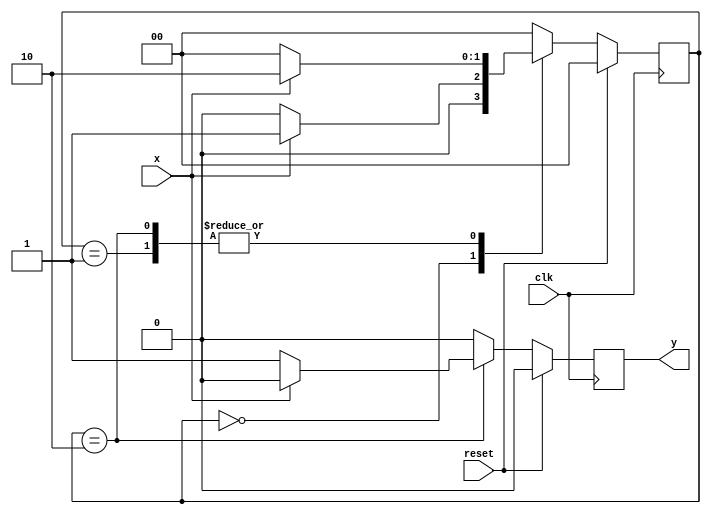
module mealy_ex( input clk,
				 input reset,
				 input x,
				 output reg y );
		
	parameter S0 = 2'b00, S1 = 2'b01, S2 = 2'b10;
	reg [1:0] current_state, next_state;
	reg y_temp;
	
	always@(*) begin
		case(current_state)
			S0:
				if(x) begin
					next_state = S1;
				end
				else begin
					next_state = S0;
				end
			S1:
				if(x) begin
					next_state = S2;
				end
				else begin
					next_state = S0;
				end
			S2:
				if(~x) begin
					next_state = S0;
				end
				else begin
					next_state = S2;
				end
			default:
				next_state = S0;
		endcase
	end
	
	always@(posedge clk) begin
		if(reset) begin
			current_state <= S0;
		end
		else begin
			current_state <= next_state;
		end
	end

	always@(*) begin
		case(current_state)
			S0:
				if(x) begin
					y_temp = 1'b0;
				end
				else begin
					y_temp = 1'b0;
				end
			S1:
				if(x) begin
					y_temp = 1'b0;
				end
				else begin
					y_temp = 1'b0;
				end
			S2:
				if(~x) begin
					y_temp = 1'b1;
				end
				else begin
					y_temp = 1'b0;
				end
			default:
				y_temp = 1'b0;
		endcase
	end
		
	always@(posedge clk) begin
		if(reset) begin
			y <= 1'b0;
		end
		else begin	
			y <= y_temp;
		end
	end
		
endmodule